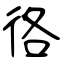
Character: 𢓜